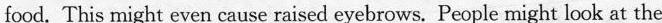
food. This might even cause raised eyebrows. People might look at the